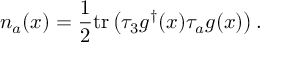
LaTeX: n _ { a } ( x ) = \frac { 1 } { 2 } \mathrm { t r } \left( \tau _ { 3 } g ^ { \dagger } ( x ) \tau _ { a } g ( x ) \right) .